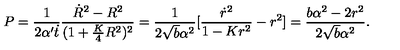
P = \frac { 1 } { 2 \alpha ^ { \prime } \dot { t } } \frac { \dot { R } ^ { 2 } - R ^ { 2 } } { ( 1 + \frac { K } { 4 } R ^ { 2 } ) ^ { 2 } } = \frac { 1 } { 2 \sqrt { b } \alpha ^ { 2 } } [ \frac { \dot { r } ^ { 2 } } { 1 - K r ^ { 2 } } - r ^ { 2 } ] = \frac { b \alpha ^ { 2 } - 2 r ^ { 2 } } { 2 \sqrt { b } \alpha ^ { 2 } } .